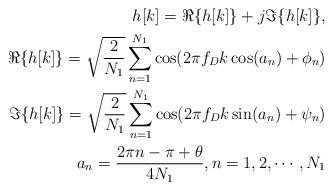
LaTeX: \begin{align*}h[k]=\Re\{h[k]\}+j \Im\{h[k]\}, \\\Re\{h[k]\}=\sqrt{\frac{2}{N_1}} \sum \limits_{n=1}^{N_1} \cos(2\pi f_{D} k \cos(a_n)+\phi_n) \\\Im\{h[k]\}=\sqrt{\frac{2}{N_1}} \sum \limits_{n=1}^{N_1} \cos(2\pi f_{D} k \sin(a_n)+\psi_n)\\ a_n=\frac{2\pi n-\pi +\theta}{4N_1},n=1,2,\cdots,N_1\end{align*}